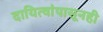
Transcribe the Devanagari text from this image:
दायित्वांपासूनही